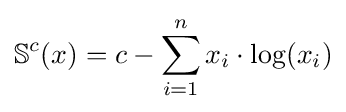
\mathbb {S} ^{c}(x)=c-\sum _{i=1}^{n}x_{i}\cdot \log(x_{i})